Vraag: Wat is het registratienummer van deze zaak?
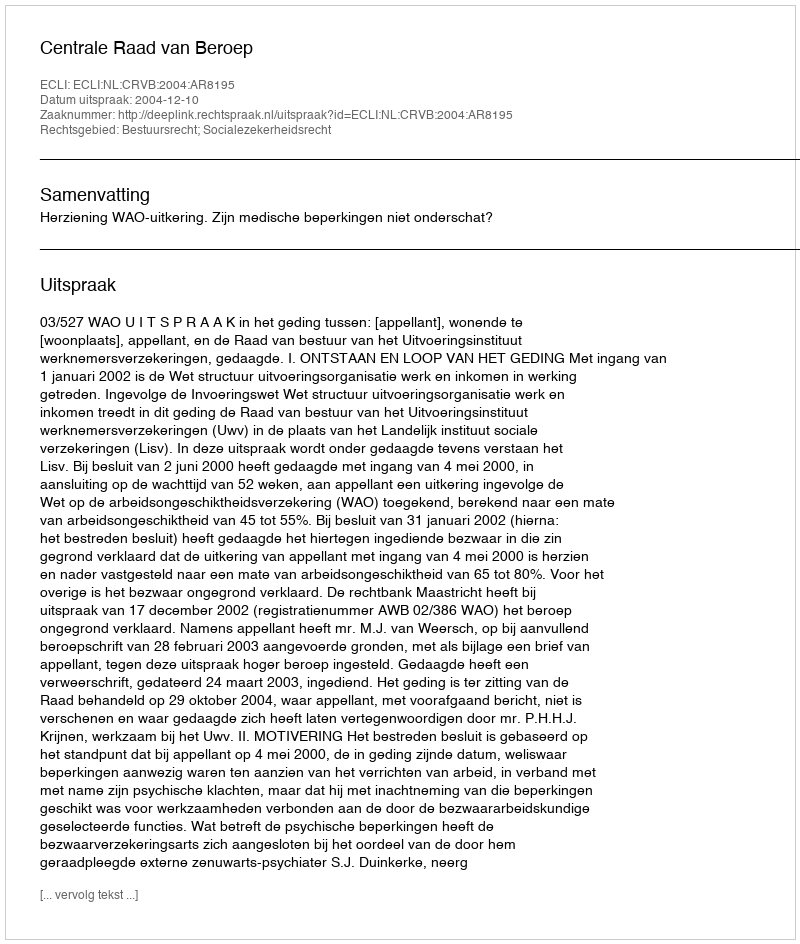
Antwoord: http://deeplink.rechtspraak.nl/uitspraak?id=ECLI:NL:CRVB:2004:AR8195